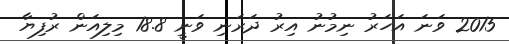
2015 ވަނަ އަހަރު ނިމުނު އިރު ދަރަނި ވަނީ 18.8 މިލިއަން ރުފިޔާ